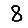
Digit: 8